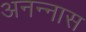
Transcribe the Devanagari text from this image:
अनन्‍नास